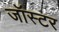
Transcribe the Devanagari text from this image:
जॉस्टर